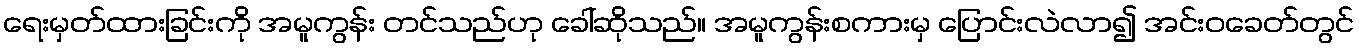
ရေးမှတ်ထားခြင်းကို အမူကွန်း တင်သည်ဟု ခေါ်ဆိုသည်။ အမူကွန်းစကားမှ ပြောင်းလဲလာ၍ အင်းဝခေတ်တွင်